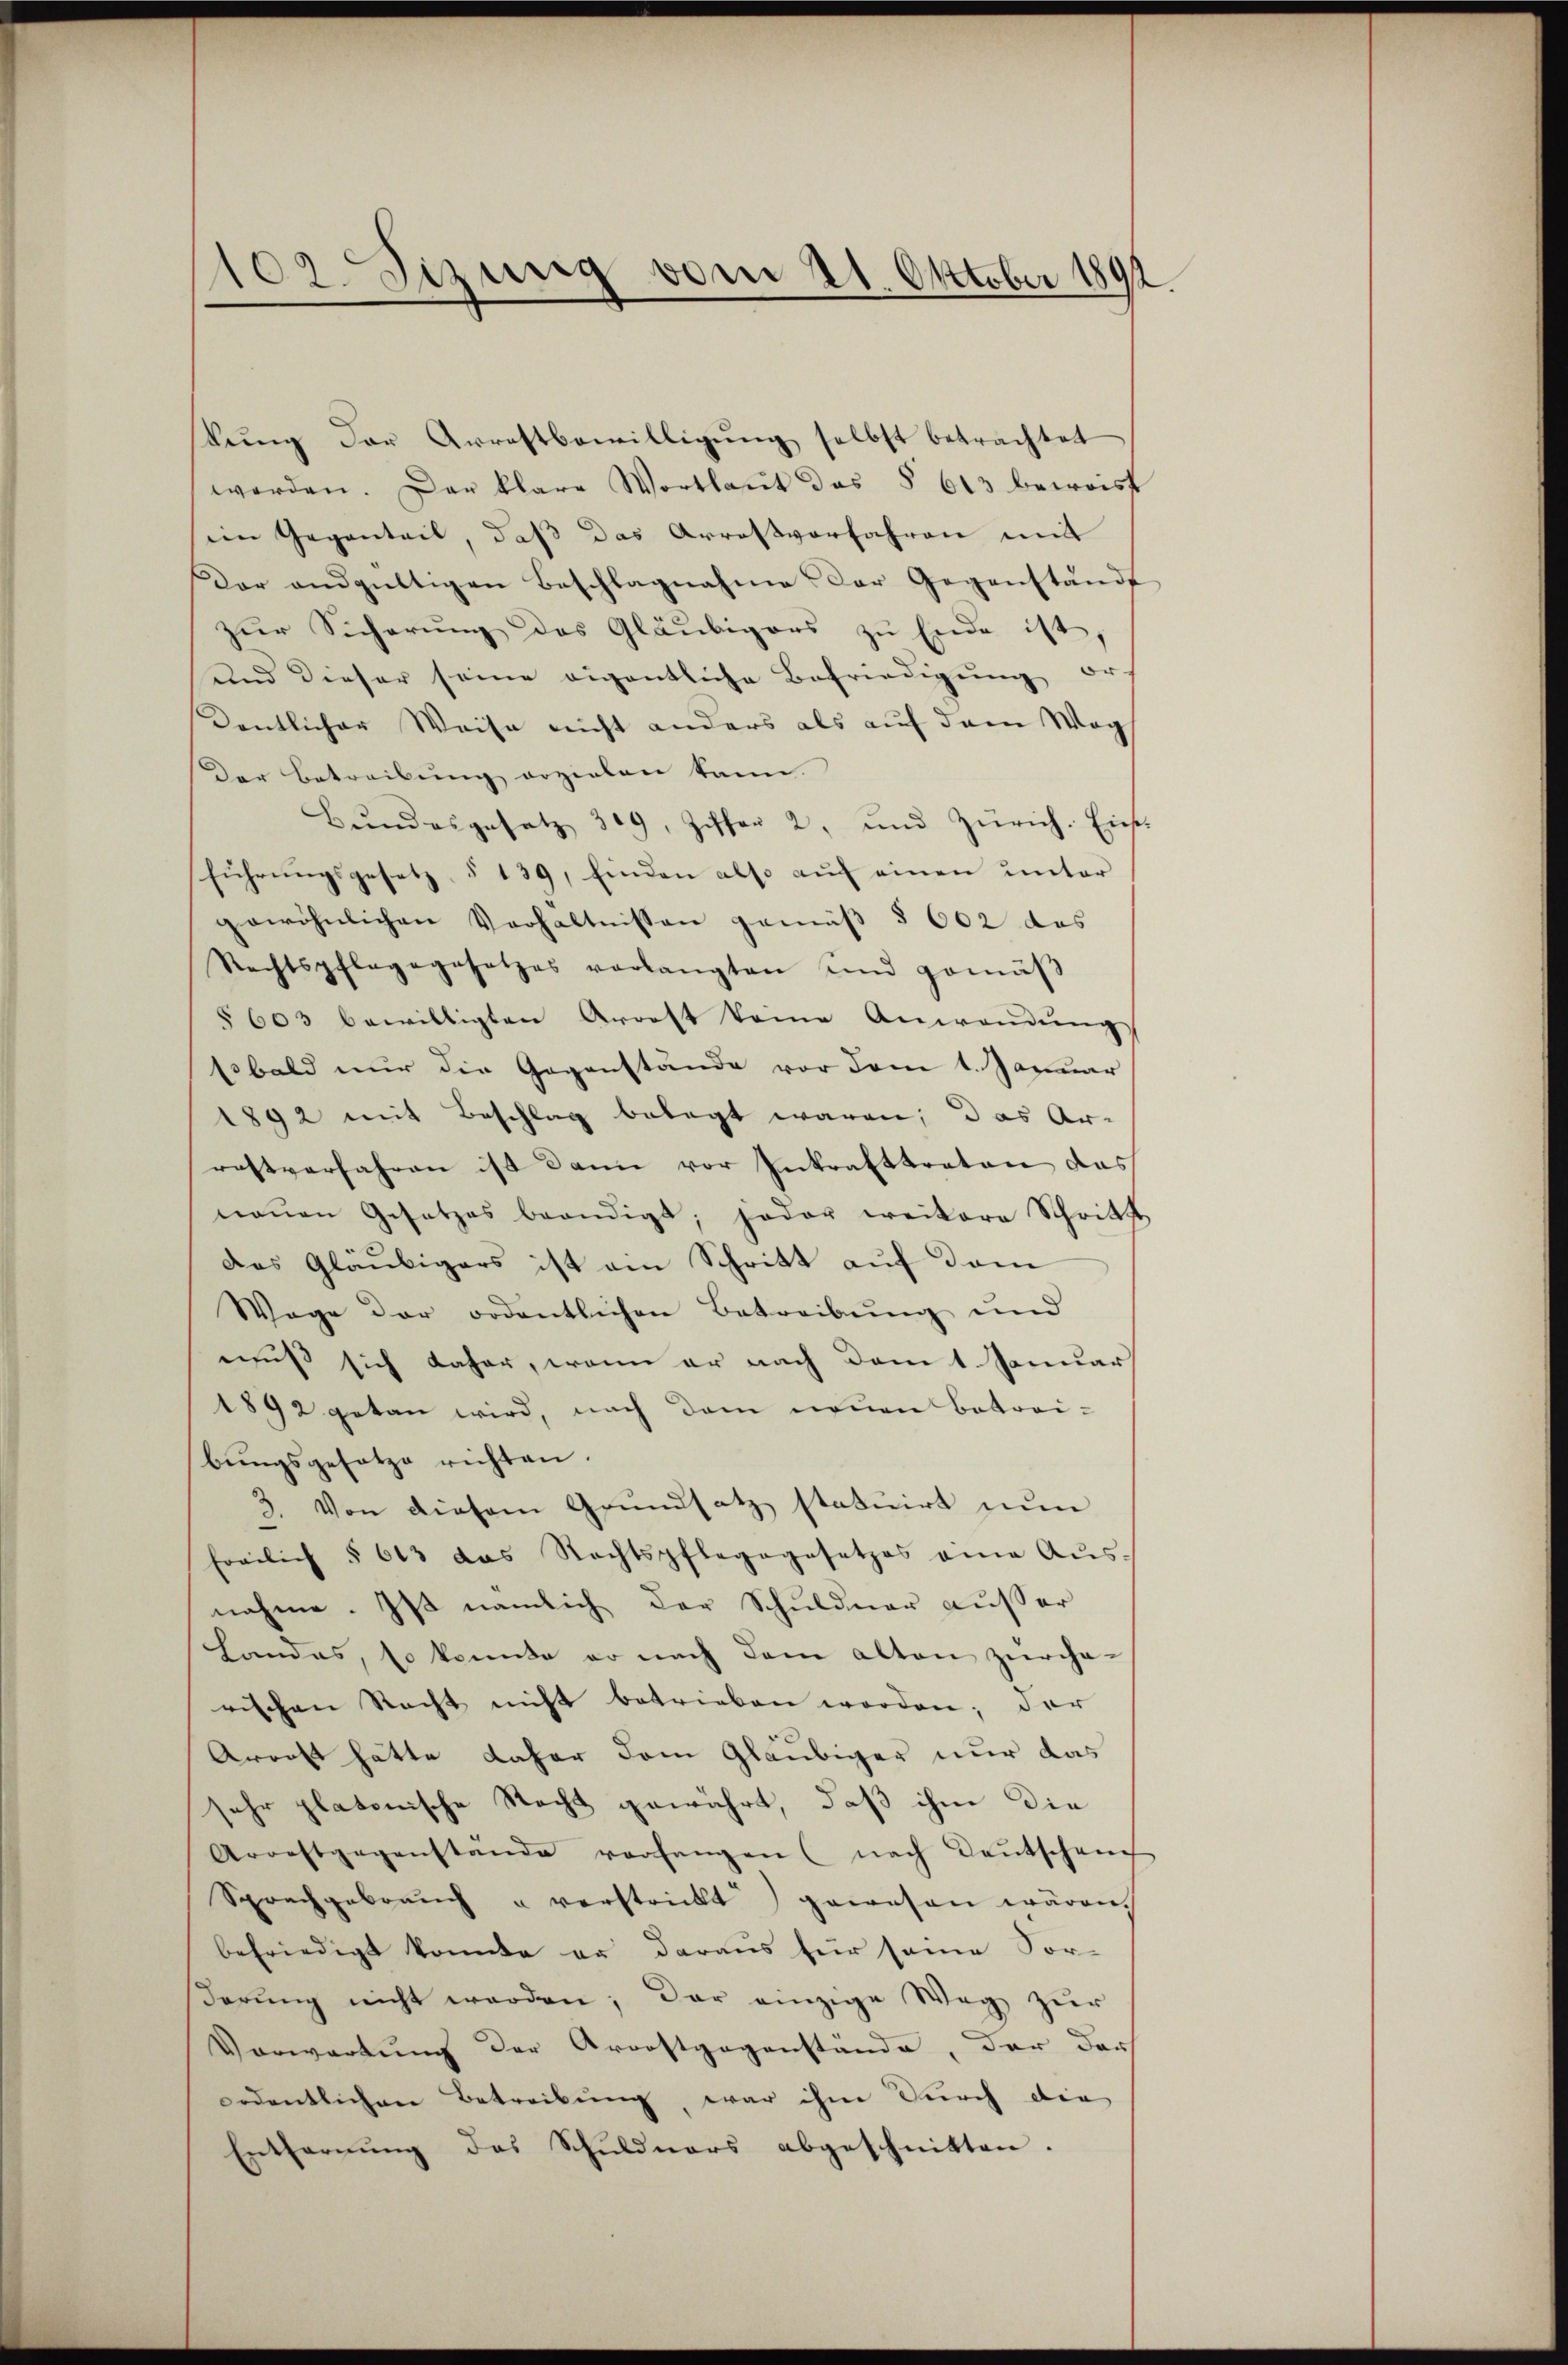
102 Sizung vom 21. Oktober 1892

kŭng der Arrestbewilligŭng selbst betrachtet
werden. Der klare Wortlaut des § 613 beweist
em Gegenteil, daß das Arresverfahren mit
Dar andgültigen Beschlagnahme der Gegenständ
zur Sicherung des Gläubigers zu Ende ist,
und dieser seine eigentliche Befriedigung er- |
dentlicher Weise nicht anders als auf dem Weg
Der Betreibung erzielen kann.
Bŭndesgesatz 309, Ziffer 2, und Zürich. Eins
führŭngsgesetz § 139, Einden also aŭf einen ŭnter
gewöhnlichen Verhältnissen gemäß § 602 das
Rechtspflegegesetzes verlangten und gemäβ
§ 603 bewilligten Arrest keine Anwendŭng
ssbald nur die Gegenstände vor dem 1. Januar
1892 mit Beschlag belegt waren; das Ar-
restverfahren ist dann vor Inkrafttreten das
neŭen Gesetzes beendigt; jeder weitere Schritt
Das Gläubigers ist am Schritt auf dem
Wege der ordentlichen Betreibung und
muß sich daher, wenn er nach dem 1. Januar
1892 getan wird, nach dem neuen Betreibŭngsgesetze richten.
3. Von diesem Grundsatz statuirt nun
freilich § 613 das Rechtspfleggesetzes eine Aŭs-
nahme. Ist nämlich der Schuldner außer
handes, so konnte er nach dem alten zurcha-
rischen Recht nicht betrieben worden; der
Arrett hätte daher dem Gläubiger nur das
sehr platonische Nacht gewährt, daß ihm die
Aroestgegenstände vorfangen (nach Laŭtscheuch
Sprachgebrauch u verstrickt gewesen wären.
befriedigt konnte er daraus für seine For-
derung nicht werden; der einzige Weg zur
Vorwartung der Aroostgegenstände, der der
ordentlichen Betreibung, war ihm durch die
Entfernŭng des Schŭldners abgeschnitten.